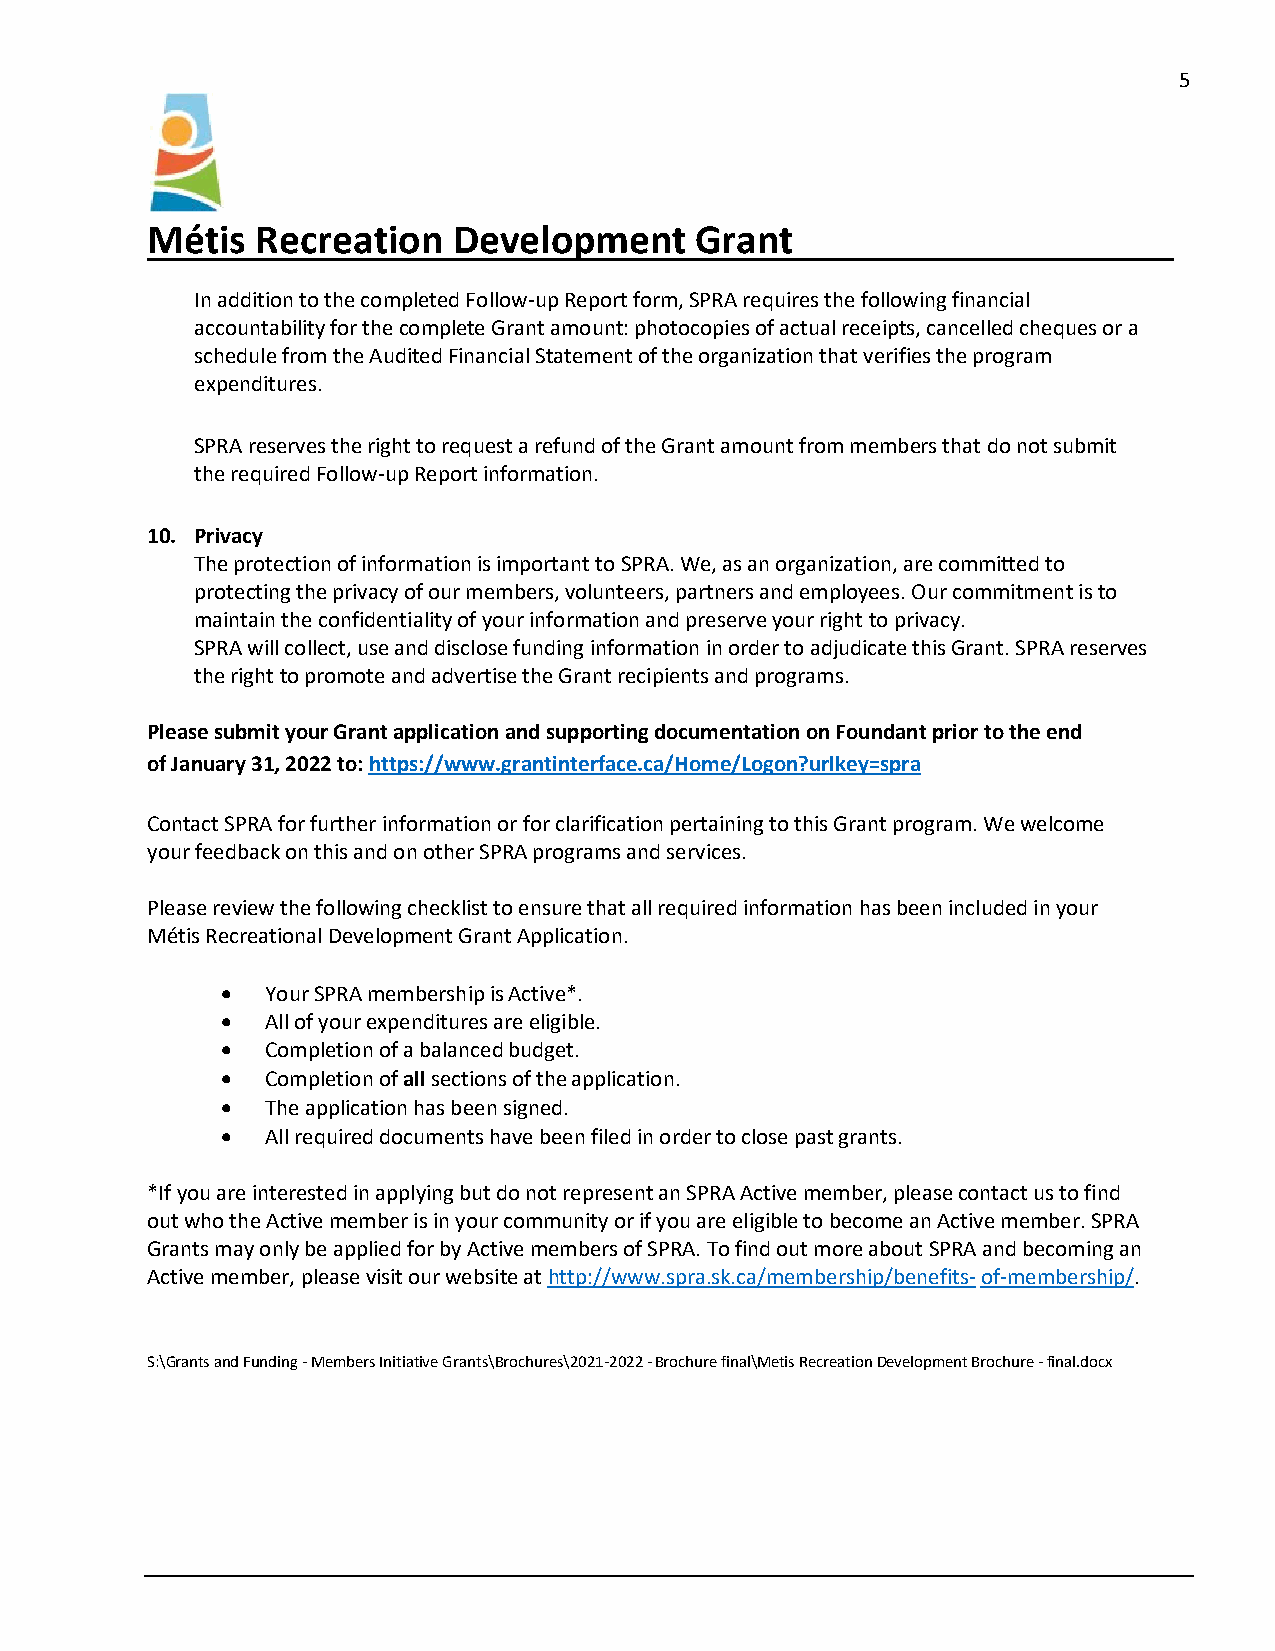
5
 Métis  Recreation   Development     Grant
 In addition to the completed Follow-up Report form, SPRA requires the following financial
 accountability for the complete Grant amount: photocopies of actual receipts, cancelled cheques or a
 schedule from the Audited Financial Statement of the organization that verifies the program
 expenditures.
 SPRA reserves the right to request a refund of the Grant amount from members that do not submit
 the required Follow-up Report information.
 10. Privacy
 The protection of information is important to SPRA. We, as an organization, are committed to
 protecting the privacy of our members, volunteers, partners and employees. Our commitment is to
 maintain the confidentiality of your information and preserve your right to privacy.
 SPRA will collect, use and disclose funding information in order to adjudicate this Grant. SPRA reserves
 the right to promote and advertise the Grant recipients and programs.
 Please submit your Grant application and supporting documentation on Foundant prior to the end
 of January 31, 2022 to: https://www.grantinterface.ca/Home/Logon?urlkey=spra
 Contact SPRA for further information or for clarification pertaining to this Grant program. We welcome
 your feedback on this and on other SPRA programs and services.
 Please review the following checklist to ensure that all required information has been included in your
 Métis Recreational Development Grant Application.
   Your SPRA membership is Active*.
   All of your expenditures are eligible.
   Completion of a balanced budget.
   Completion of all sections of the application.
   The application has been signed.
   All required documents have been filed in order to close past grants.
 *If you are interested in applying but do not represent an SPRA Active member, please contact us to find
 out who the Active member is in your community or if you are eligible to become an Active member. SPRA
 Grants may only be applied for by Active members of SPRA. To find out more about SPRA and becoming an
 Active member, please visit our website at http://www.spra.sk.ca/membership/benefits- of-membership/.
 S:\Grants and Funding - Members Initiative Grants\Brochures\2021-2022 - Brochure final\Metis Recreation Development Brochure - final.docx